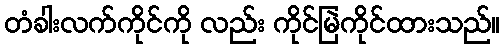
တံခါးလက်ကိုင်ကို လည်း ကိုင်မြဲကိုင်ထားသည်။